Annual statistical returns and brief notes on vaccination in Bengal - 1909-1929
Year: 1909
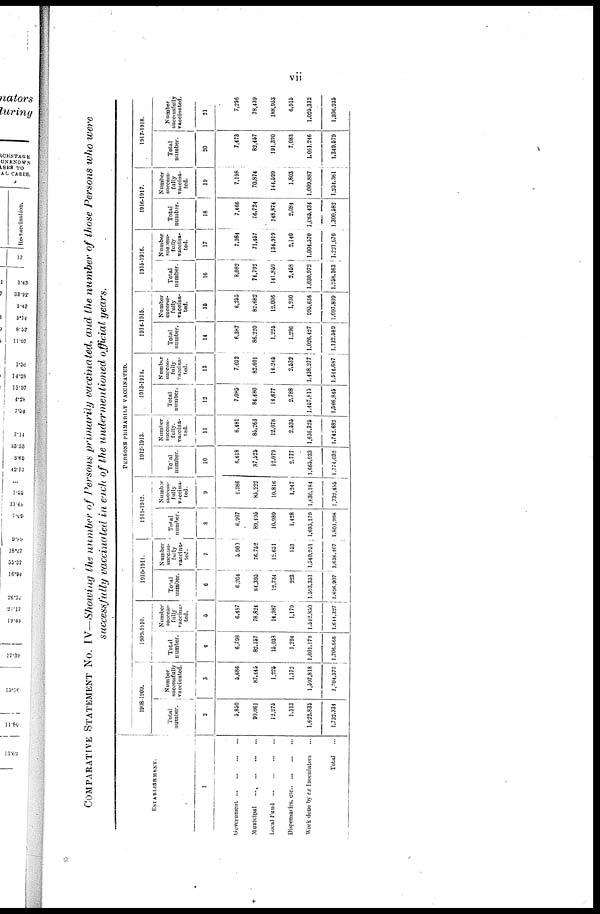
vii
COMPARATIVE STATEMENT NO. IV—Showing the number of Persons primarily vaccinated, and the number of those Persons who were
successfully vaccinated in each of the undermentioned official years.
ESTABLISHMENT.
1
Government...
...
...
...
Municipal...
...
...
...
Local
Fund...
...
...
...
Dispensaries, etc... ... ... ...
Work done by ex Inoculators...
Total...
PERSONS PRIMARILY VACCINATED.
1908-1909.
Total
number.
2
5,850
90,061
12,275
1,313
1,622,835
1,732,334
Number
successfully
vaccinated.
3
5,686
87,445
1,225
1,172
1,597,818
1,704,377
1909-1910.
Total
number.
4
6,798
82,357
15,038
1,294
1,601,179
1,706,666
Number
success-
fully
vaccina-
ted.
5
6,487
78,824
14,987
1,179
1,542,850
1,644,327
1910-1911.
Total
number.
6
6,204
84,395
12,734
323
1,593,351
1,696,907
Number
success-
fully
vaccina-
ted.
7
5,900
76,762
12,651
153
1,340,951
1,636,407
1911-1912.
Total
number.
8
6,907
89,495
10,989
1,428
1,693,179
1,801,998
Number
success-
fully
vaccina-
ted.
9
4,986
85,222
10,816
1,247
1,630,184
1,732,455
1912-1913.
Total
number.
10
6,618
87,525
12,079
2,777
1,665,033
1,774,032
Number
success-
fully.
vaccina-
ted.
11
6,481
85,263
12,078
2,535
1,636,325
1,742,682
1913-1914.
Total
number.
12
7,085
84,480
14,677
2,788
1,457,815
1,566,845
Number
success-
fully
vaccina-
ted.
13
7,032
82,601
14,245
2,532
1,438,277
1,544,687
1914-1915.
Total
number.
14
6,387
86,220
1,225
1,296
1,026,427
1,132,589
Number
success-
fully
vaccina-
ted.
15
6,255
82,682
12,006
1,230
995,636
1,097,809
1915-1916.
Total
number.
16
8,082
74,792
141,859
2,458
1,030,972
1,258,163
Number
success-
fully
vaccina-
ted.
17
7,984
71,457
134,919
2,140
1,004,570
1,221,670
1916-1917.
Total
number.
18
7,466
76,724
148,874
2,084
1,065,434
1,300,582
Number
success-
fully
vaccina-
ted.
19
7,198
70,874
144,599
1,803
1,009,887
1,234,361
1917-1918.
Total
number.
20
7,473
82,457
191,320
7,083
1,064,246
1,349,579
Number
successfully
vaccinated.
21
7,296
78,439
188,953
6,915
1,025,332
1,306,935